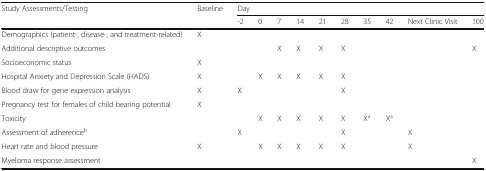
| <ROWSPAN=2> Study Assessments/Testing | <ROWSPAN=2> Baseline | <COLSPAN=10> Day |
 | -2 | 0 | 7 | 14 | 21 | 28 | 35 | 42 | Next Clinic Visit | 100 |
 | --- | --- | --- | --- | --- | --- | --- | --- | --- | --- | --- | --- |
 | Demographics (patient-, disease-, and treatment-related) | X |  |  |  |  |  |  |  |  |  |  |
 | Additional descriptive outcomes |  |  |  | X | X | X | X |  |  |  | X |
 | Socioeconomic status | X |  |  |  |  |  |  |  |  |  |  |
 | Hospital Anxiety and Depression Scale (HADS) | X |  | X | X | X | X | X |  |  |  |  |
 | Blood draw for gene expression analysis | X | X |  |  |  |  | X |  |  |  |  |
 | Pregnancy test for females of child bearing potential | X |  |  |  |  |  |  |  |  |  |  |
 | Toxicity |  |  | X | X | X | X | X | Xa | Xa |  |  |
 | Assessment of adherenceb |  | X |  |  |  |  | X |  |  | X |  |
 | Heart rate and blood pressure | X |  | X | X | X | X | X |  |  | X |  |
 | Myeloma response assessment |  |  |  |  |  |  |  |  |  |  | X |